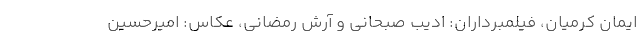
ایمان کرمیان، فیلمبرداران: ادیب صبحانی و آرش رمضانی، عکاس: امیرحسین